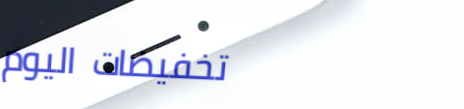
تخفيضات اليوم